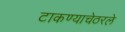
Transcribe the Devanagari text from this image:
टाकण्याचेठरले